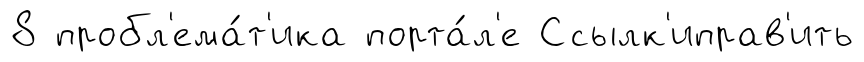
8 пробл'ема́т'ика порта́л'е Ссылк'иправ'ить